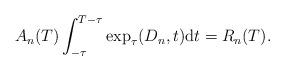
LaTeX: \begin{align*} A_{n}(T) \int_{-\tau}^{T - \tau} \exp_{\tau}(D_{n}, t) \mathrm{d}t = R_{n}(T). \end{align*}